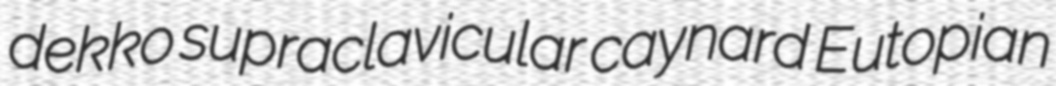
dekko supraclavicular caynard Eutopian